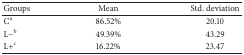
| Groups | Mean | Std. deviation |
 | --- | --- | --- |
 | Ca | 86.52% | 20.10 |
 | L−b | 49.39% | 43.29 |
 | L+c | 16.22% | 23.47 |